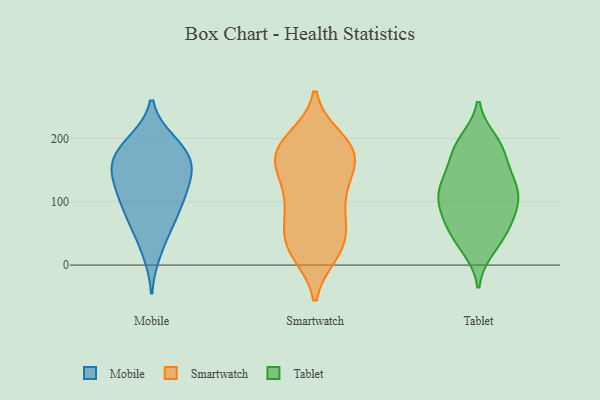
{"axis": {"x": "Energy Usage (MWh)", "y": "Value"}, "legend": ["Mobile", "Smartwatch", "Tablet"], "data": [{"x": "", "y": 188, "type": "Mobile"}, {"x": "", "y": 152, "type": "Mobile"}, {"x": "", "y": 194, "type": "Mobile"}, {"x": "", "y": 72, "type": "Mobile"}, {"x": "", "y": 155, "type": "Mobile"}, {"x": "", "y": 122, "type": "Mobile"}, {"x": "", "y": 19, "type": "Mobile"}, {"x": "", "y": 161, "type": "Mobile"}, {"x": "", "y": 104, "type": "Mobile"}, {"x": "", "y": 164, "type": "Mobile"}, {"x": "", "y": 153, "type": "Mobile"}, {"x": "", "y": 118, "type": "Mobile"}, {"x": "", "y": 108, "type": "Mobile"}, {"x": "", "y": 54, "type": "Mobile"}, {"x": "", "y": 77, "type": "Mobile"}, {"x": "", "y": 196, "type": "Mobile"}, {"x": "", "y": 107, "type": "Smartwatch"}, {"x": "", "y": 65, "type": "Smartwatch"}, {"x": "", "y": 179, "type": "Smartwatch"}, {"x": "", "y": 198, "type": "Smartwatch"}, {"x": "", "y": 20, "type": "Smartwatch"}, {"x": "", "y": 186, "type": "Smartwatch"}, {"x": "", "y": 150, "type": "Smartwatch"}, {"x": "", "y": 173, "type": "Smartwatch"}, {"x": "", "y": 29, "type": "Smartwatch"}, {"x": "", "y": 89, "type": "Smartwatch"}, {"x": "", "y": 41, "type": "Smartwatch"}, {"x": "", "y": 190, "type": "Smartwatch"}, {"x": "", "y": 85, "type": "Smartwatch"}, {"x": "", "y": 181, "type": "Smartwatch"}, {"x": "", "y": 165, "type": "Smartwatch"}, {"x": "", "y": 145, "type": "Smartwatch"}, {"x": "", "y": 37, "type": "Smartwatch"}, {"x": "", "y": 23, "type": "Smartwatch"}, {"x": "", "y": 124, "type": "Smartwatch"}, {"x": "", "y": 50, "type": "Tablet"}, {"x": "", "y": 58, "type": "Tablet"}, {"x": "", "y": 136, "type": "Tablet"}, {"x": "", "y": 123, "type": "Tablet"}, {"x": "", "y": 196, "type": "Tablet"}, {"x": "", "y": 26, "type": "Tablet"}, {"x": "", "y": 166, "type": "Tablet"}, {"x": "", "y": 139, "type": "Tablet"}, {"x": "", "y": 59, "type": "Tablet"}, {"x": "", "y": 186, "type": "Tablet"}, {"x": "", "y": 98, "type": "Tablet"}, {"x": "", "y": 110, "type": "Tablet"}, {"x": "", "y": 121, "type": "Tablet"}, {"x": "", "y": 177, "type": "Tablet"}, {"x": "", "y": 192, "type": "Tablet"}, {"x": "", "y": 80, "type": "Tablet"}, {"x": "", "y": 119, "type": "Tablet"}, {"x": "", "y": 94, "type": "Tablet"}, {"x": "", "y": 87, "type": "Tablet"}, {"x": "", "y": 33, "type": "Tablet"}]}